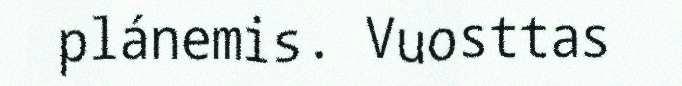
plánemis. Vuosttas